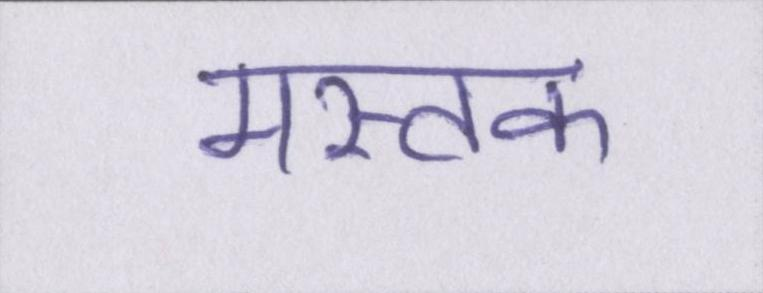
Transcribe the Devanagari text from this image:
मस्तक